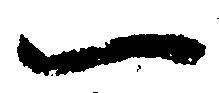
一